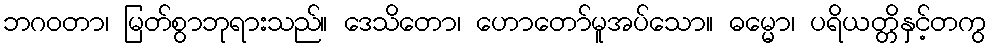
ဘဂဝတာ၊ မြတ်စွာဘုရားသည်။ ဒေသိတော၊ ဟောတော်မူအပ်သော။ ဓမ္မော၊ ပရိယတ္တိနှင့်တကွ